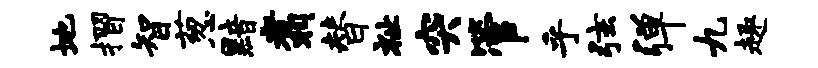
地摺智葱黯翥替祉突管乎弦弹九趣